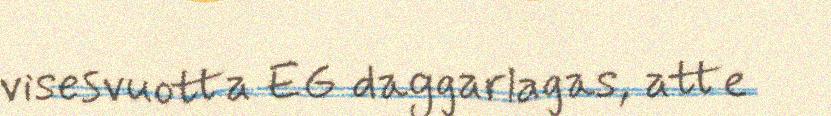
visesvuotta EG daggarlagas, atte